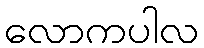
လောကပါလ